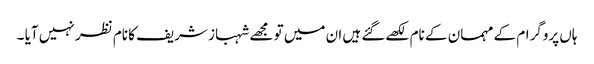
ہاں پروگرام کے مہمان کے نام لکھےگئے ہیں ان میں تو مجھے شہباز شریف کا نام نظر نہیں آیا ۔